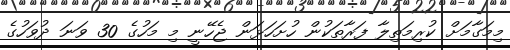
މިމަގާމަށް ކުރިމަތިލާ ފަރާތަކުން ހުށަހަޅަން ޖެހޭނީ މި މަހުގެ 30 ވަނަ ދުވަހުގެ